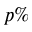
p \%